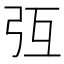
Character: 𢎸